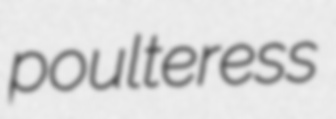
poulteress